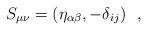
LaTeX: \begin{align*}S_{\mu \nu} = ( \eta_{\alpha \beta} , - \delta_{ij} ) ~~,\end{align*}